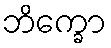
ဘိက္ခော